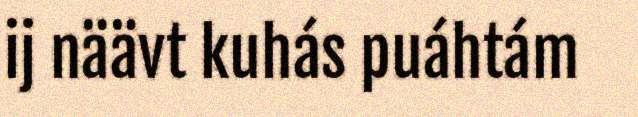
ij näävt kuhás puáhtám